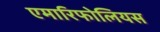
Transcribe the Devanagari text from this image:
एमारिफोलियस